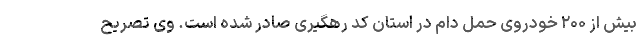
بیش از ۲۰۰ خودروی حمل دام در استان کد رهگیری صادر شده است. وی تصریح